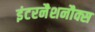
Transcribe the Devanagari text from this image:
इंटरनैशनौक्स